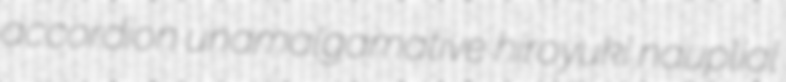
accordion unamalgamative hiroyuki nauplial